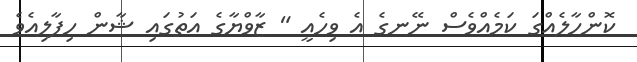
ކޮންހާލެއްގަ ކަމެއްވެސް ނޭނގެ އެ ވިހެއީ " ޒާވްޔާގެ އަތުގައި ޝާން ހިފާލިއެވެ